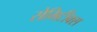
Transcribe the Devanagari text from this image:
सेमिटीक्स